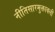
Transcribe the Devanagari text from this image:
नीतिसारमुक्तावली